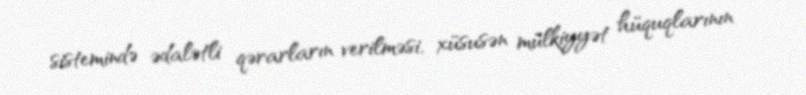
sistemində ədalətli qərarların verilməsi, xüsusən mülkiyyət hüquqlarının